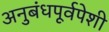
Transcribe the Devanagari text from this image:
अनुबंधपूर्वपेशी